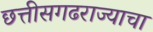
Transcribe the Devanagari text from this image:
छत्तीसगढराज्याचा